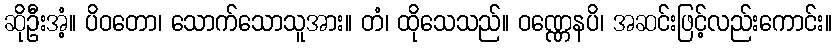
ဆိုဦးအံ့။ ပိဝတော၊ သောက်သောသူအား။ တံ၊ ထိုသေသည်။ ဝဏ္ဏေနပိ၊ အဆင်းဖြင့်လည်းကောင်း။